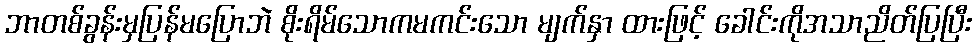
ဘာတစ်ခွန်းမှပြန်မပြောဘဲ စိုးရိမ်သောကမကင်းသော မျက်နှာ ထားဖြင့် ခေါင်းကိုအသာညိတ်ပြပြီး